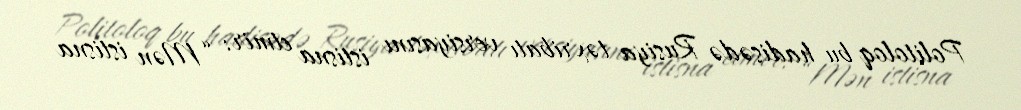
Politoloq bu hadisədə Rusiya təxribatı versiyasını istisna etmir: “Mən istisna